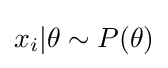
x_{i}|\theta \sim P(\theta )